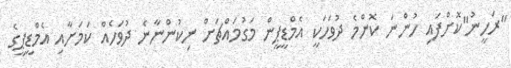
"ރަހީނު"ކޮށްފައި ހުންނަ ކޮންމެ ދުވަހަކީ އެމްޑީޕީން މަގުމައްޗަށް ނިކުންނާނެ ދުވަހެއް ކަމަށާއި އެމްޑީޕީގެ